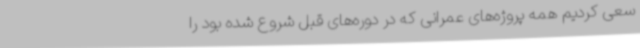
سعی کردیم همه پروژه‌های عمرانی که در دوره‌های قبل شروع شده بود را